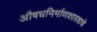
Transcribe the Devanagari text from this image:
औषधनिर्माणशास्त्राचे